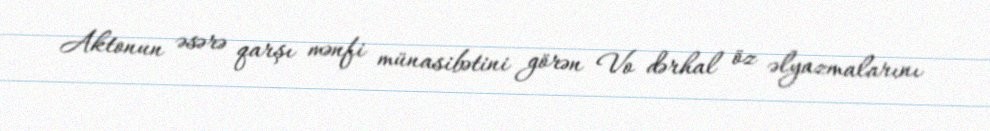
Aktonun əsərə qarşı mənfi münasibətini görən Vo dərhal öz əlyazmalarını